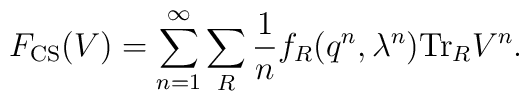
F_{\rm CS}(V)=\sum_{n=1}^\infty\sum_R {1\over n} f_R(q^n, \lambda ^n) {\rm Tr}_R V^n.